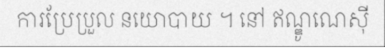
ការប្រែប្រួល នយោបាយ ។ នៅ ឥណ្ឌូណេស៊ី